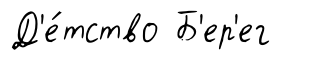
Д'е́тство Б'ер'ег